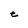
Character: e